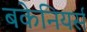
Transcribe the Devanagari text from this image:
बकेनियर्स